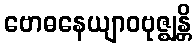
ဗောဓနေယျာဝဗုဇ္ဈန္တိ